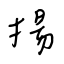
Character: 揚